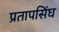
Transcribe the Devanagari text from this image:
प्रतापसिंघ